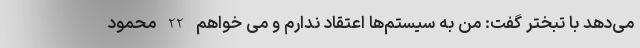
می‌دهد با تبختر گفت: من به سیستم‌ها اعتقاد ندارم و می خواهم 22 محمود